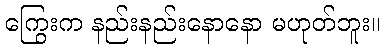
ကြွေးက နည်းနည်းနောနော မဟုတ်ဘူး။